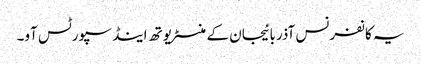
یہ کانفرنس آذربائیجان کے منسٹر یوتھ اینڈ سپورٹس آو۔